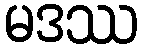
မဒဿ